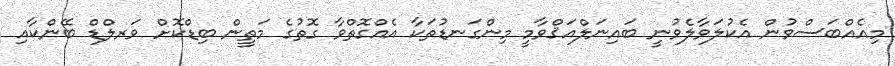
މިއެއްބަސްވުން އެކުލަވާލެވުނީ ބައިނަލްއަޤްވާމީ މިންގަނޑުތަކާ އެއްގޮތްވާ ގޮތުގެ މަތީން ބިޑްކޮށް ވަރލްޑް ބޭންކާއި